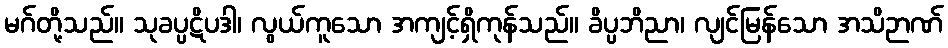
မဂ်တို့သည်။ သုခပ္ပဋိပဒါ၊ လွယ်ကူသော အကျင့်ရှိကုန်သည်။ ခိပ္ပဘိညာ၊ လျင်မြန်သော အသိဉာဏ်